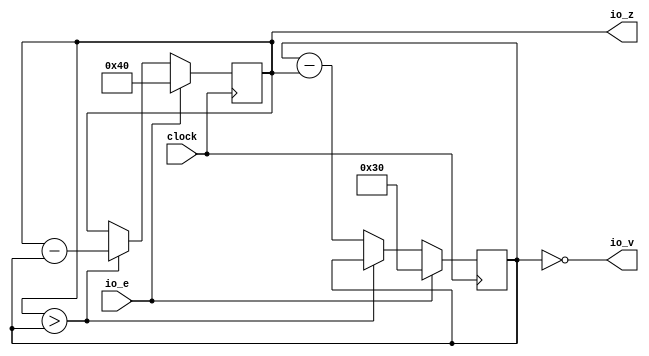
module GCD(
  input         clock,
  input         io_e,
  output [15:0] io_z,
  output        io_v
);
`ifdef RANDOMIZE_REG_INIT
  reg [31:0] _RAND_0;
  reg [31:0] _RAND_1;
`endif // RANDOMIZE_REG_INIT
  reg [15:0] x; // @[GCDUnitTest.scala 18:15]
  reg [15:0] y; // @[GCDUnitTest.scala 19:15]
  wire  _T_9 = x > y; // @[GCDUnitTest.scala 20:13]
  wire [15:0] _T_12 = x - y; // @[GCDUnitTest.scala 20:27]
  wire [15:0] _T_18 = y - x; // @[GCDUnitTest.scala 21:27]
  assign io_z = x; // @[GCDUnitTest.scala 23:8]
  assign io_v = y == 16'h0; // @[GCDUnitTest.scala 24:13]
  always @(posedge clock) begin
    if (io_e) begin // @[GCDUnitTest.scala 22:15]
      x <= 16'h40; // @[GCDUnitTest.scala 22:19]
    end else if (x > y) begin // @[GCDUnitTest.scala 20:18]
      x <= _T_12; // @[GCDUnitTest.scala 20:22]
    end
    if (io_e) begin // @[GCDUnitTest.scala 22:15]
      y <= 16'h30; // @[GCDUnitTest.scala 22:30]
    end else if (~_T_9) begin // @[Conditional.scala 19:15]
      y <= _T_18; // @[GCDUnitTest.scala 21:22]
    end
  end
// Register and memory initialization
`ifdef RANDOMIZE_GARBAGE_ASSIGN
`define RANDOMIZE
`endif
`ifdef RANDOMIZE_INVALID_ASSIGN
`define RANDOMIZE
`endif
`ifdef RANDOMIZE_REG_INIT
`define RANDOMIZE
`endif
`ifdef RANDOMIZE_MEM_INIT
`define RANDOMIZE
`endif
`ifndef RANDOM
`define RANDOM $random
`endif
`ifdef RANDOMIZE_MEM_INIT
  integer initvar;
`endif
`ifndef SYNTHESIS
`ifdef FIRRTL_BEFORE_INITIAL
`FIRRTL_BEFORE_INITIAL
`endif
initial begin
  `ifdef RANDOMIZE
    `ifdef INIT_RANDOM
      `INIT_RANDOM
    `endif
    `ifndef VERILATOR
      `ifdef RANDOMIZE_DELAY
        #`RANDOMIZE_DELAY begin end
      `else
        #0.002 begin end
      `endif
    `endif
`ifdef RANDOMIZE_REG_INIT
  _RAND_0 = {1{`RANDOM}};
  x = _RAND_0[15:0];
  _RAND_1 = {1{`RANDOM}};
  y = _RAND_1[15:0];
`endif // RANDOMIZE_REG_INIT
  `endif // RANDOMIZE
end // initial
`ifdef FIRRTL_AFTER_INITIAL
`FIRRTL_AFTER_INITIAL
`endif
`endif // SYNTHESIS
endmodule
module GCDUnitTester(
  input   clock,
  input   reset
);
`ifdef RANDOMIZE_REG_INIT
  reg [31:0] _RAND_0;
  reg [31:0] _RAND_1;
`endif // RANDOMIZE_REG_INIT
  wire  device_under_test_clock; // @[GCDUnitTest.scala 45:33]
  wire  device_under_test_io_e; // @[GCDUnitTest.scala 45:33]
  wire [15:0] device_under_test_io_z; // @[GCDUnitTest.scala 45:33]
  wire  device_under_test_io_v; // @[GCDUnitTest.scala 45:33]
  reg [2:0] value; // @[Counter.scala 17:33]
  reg  _T_6; // @[SteppedHWIOTester.scala 177:33]
  wire  _T_8 = ~_T_6; // @[SteppedHWIOTester.scala 179:10]
  wire  _GEN_13 = 3'h1 == value ? 1'h0 : 1'h1; // @[SteppedHWIOTester.scala 129:16 SteppedHWIOTester.scala 129:16]
  wire  _GEN_14 = 3'h2 == value ? 1'h0 : _GEN_13; // @[SteppedHWIOTester.scala 129:16 SteppedHWIOTester.scala 129:16]
  wire  _GEN_15 = 3'h3 == value ? 1'h0 : _GEN_14; // @[SteppedHWIOTester.scala 129:16 SteppedHWIOTester.scala 129:16]
  wire  _GEN_16 = 3'h4 == value ? 1'h0 : _GEN_15; // @[SteppedHWIOTester.scala 129:16 SteppedHWIOTester.scala 129:16]
  wire  _GEN_23 = 3'h5 == value; // @[SteppedHWIOTester.scala 144:51 SteppedHWIOTester.scala 144:51]
  wire [15:0] _GEN_29 = 3'h5 == value ? 16'h10 : 16'h0; // @[SteppedHWIOTester.scala 145:31 SteppedHWIOTester.scala 145:31]
  wire  _T_119 = ~(device_under_test_io_z == _GEN_29); // @[SteppedHWIOTester.scala 145:72]
  wire  _T_122 = ~reset; // @[SteppedHWIOTester.scala 151:15]
  wire  _T_185 = ~(device_under_test_io_v == _GEN_23); // @[SteppedHWIOTester.scala 145:72]
  wire  _T_196 = value == 3'h5; // @[Counter.scala 25:24]
  wire [2:0] _T_199 = value + 3'h1; // @[Counter.scala 26:22]
  wire  _GEN_43 = _T_196 | _T_6; // @[SteppedHWIOTester.scala 183:22 SteppedHWIOTester.scala 185:14 SteppedHWIOTester.scala 177:33]
  wire  _GEN_50 = _T_8 & _GEN_23 & _T_119; // @[SteppedHWIOTester.scala 151:15]
  wire  _GEN_58 = _T_8 & _GEN_23 & _T_185; // @[SteppedHWIOTester.scala 151:15]
  wire  _GEN_65 = _T_8 & _T_196; // @[SteppedHWIOTester.scala 184:15]
  GCD device_under_test ( // @[GCDUnitTest.scala 45:33]
    .clock(device_under_test_clock),
    .io_e(device_under_test_io_e),
    .io_z(device_under_test_io_z),
    .io_v(device_under_test_io_v)
  );
  assign device_under_test_clock = clock;
  assign device_under_test_io_e = 3'h5 == value ? 1'h0 : _GEN_16; // @[SteppedHWIOTester.scala 129:16 SteppedHWIOTester.scala 129:16]
  always @(posedge clock) begin
    if (reset) begin // @[Counter.scala 17:33]
      value <= 3'h0; // @[Counter.scala 17:33]
    end else if (~_T_6) begin // @[SteppedHWIOTester.scala 179:17]
      if (_T_196) begin // @[Counter.scala 28:21]
        value <= 3'h0; // @[Counter.scala 28:29]
      end else begin
        value <= _T_199; // @[Counter.scala 26:13]
      end
    end
    if (reset) begin // @[SteppedHWIOTester.scala 177:33]
      _T_6 <= 1'h0; // @[SteppedHWIOTester.scala 177:33]
    end else if (~_T_6) begin // @[SteppedHWIOTester.scala 179:17]
      _T_6 <= _GEN_43;
    end
    `ifndef SYNTHESIS
    `ifdef PRINTF_COND
      if (`PRINTF_COND) begin
    `endif
        if (_T_8 & _GEN_23 & _T_119 & ~reset) begin
          $fwrite(32'h80000002,"    failed on step %d -- port z:  %d expected %d\n",value,device_under_test_io_z,_GEN_29
            ); // @[SteppedHWIOTester.scala 151:15]
        end
    `ifdef PRINTF_COND
      end
    `endif
    `endif // SYNTHESIS
    `ifndef SYNTHESIS
    `ifdef PRINTF_COND
      if (`PRINTF_COND) begin
    `endif
        if (_GEN_50 & _T_122) begin
          $fwrite(32'h80000002,"Assertion failed\n    at SteppedHWIOTester.scala:158 assert(false.B)\n"); // @[SteppedHWIOTester.scala 158:15]
        end
    `ifdef PRINTF_COND
      end
    `endif
    `endif // SYNTHESIS
    `ifndef SYNTHESIS
    `ifdef STOP_COND
      if (`STOP_COND) begin
    `endif
        if (_GEN_50 & _T_122) begin
          $fatal; // @[SteppedHWIOTester.scala 158:15]
        end
    `ifdef STOP_COND
      end
    `endif
    `endif // SYNTHESIS
    `ifndef SYNTHESIS
    `ifdef STOP_COND
      if (`STOP_COND) begin
    `endif
        if (_GEN_50 & _T_122) begin
          $finish; // @[SteppedHWIOTester.scala 159:13]
        end
    `ifdef STOP_COND
      end
    `endif
    `endif // SYNTHESIS
    `ifndef SYNTHESIS
    `ifdef PRINTF_COND
      if (`PRINTF_COND) begin
    `endif
        if (_T_8 & _GEN_23 & _T_185 & ~reset) begin
          $fwrite(32'h80000002,"    failed on step %d -- port v:  %d expected %d\n",value,device_under_test_io_v,_GEN_23
            ); // @[SteppedHWIOTester.scala 151:15]
        end
    `ifdef PRINTF_COND
      end
    `endif
    `endif // SYNTHESIS
    `ifndef SYNTHESIS
    `ifdef PRINTF_COND
      if (`PRINTF_COND) begin
    `endif
        if (_GEN_58 & _T_122) begin
          $fwrite(32'h80000002,"Assertion failed\n    at SteppedHWIOTester.scala:158 assert(false.B)\n"); // @[SteppedHWIOTester.scala 158:15]
        end
    `ifdef PRINTF_COND
      end
    `endif
    `endif // SYNTHESIS
    `ifndef SYNTHESIS
    `ifdef STOP_COND
      if (`STOP_COND) begin
    `endif
        if (_GEN_58 & _T_122) begin
          $fatal; // @[SteppedHWIOTester.scala 158:15]
        end
    `ifdef STOP_COND
      end
    `endif
    `endif // SYNTHESIS
    `ifndef SYNTHESIS
    `ifdef STOP_COND
      if (`STOP_COND) begin
    `endif
        if (_GEN_58 & _T_122) begin
          $finish; // @[SteppedHWIOTester.scala 159:13]
        end
    `ifdef STOP_COND
      end
    `endif
    `endif // SYNTHESIS
    `ifndef SYNTHESIS
    `ifdef PRINTF_COND
      if (`PRINTF_COND) begin
    `endif
        if (_T_8 & _T_196 & _T_122) begin
          $fwrite(32'h80000002,"Stopping, end of tests, 6 steps\n"); // @[SteppedHWIOTester.scala 184:15]
        end
    `ifdef PRINTF_COND
      end
    `endif
    `endif // SYNTHESIS
    `ifndef SYNTHESIS
    `ifdef STOP_COND
      if (`STOP_COND) begin
    `endif
        if (_GEN_65 & _T_122) begin
          $finish; // @[SteppedHWIOTester.scala 186:13]
        end
    `ifdef STOP_COND
      end
    `endif
    `endif // SYNTHESIS
  end
// Register and memory initialization
`ifdef RANDOMIZE_GARBAGE_ASSIGN
`define RANDOMIZE
`endif
`ifdef RANDOMIZE_INVALID_ASSIGN
`define RANDOMIZE
`endif
`ifdef RANDOMIZE_REG_INIT
`define RANDOMIZE
`endif
`ifdef RANDOMIZE_MEM_INIT
`define RANDOMIZE
`endif
`ifndef RANDOM
`define RANDOM $random
`endif
`ifdef RANDOMIZE_MEM_INIT
  integer initvar;
`endif
`ifndef SYNTHESIS
`ifdef FIRRTL_BEFORE_INITIAL
`FIRRTL_BEFORE_INITIAL
`endif
initial begin
  `ifdef RANDOMIZE
    `ifdef INIT_RANDOM
      `INIT_RANDOM
    `endif
    `ifndef VERILATOR
      `ifdef RANDOMIZE_DELAY
        #`RANDOMIZE_DELAY begin end
      `else
        #0.002 begin end
      `endif
    `endif
`ifdef RANDOMIZE_REG_INIT
  _RAND_0 = {1{`RANDOM}};
  value = _RAND_0[2:0];
  _RAND_1 = {1{`RANDOM}};
  _T_6 = _RAND_1[0:0];
`endif // RANDOMIZE_REG_INIT
  `endif // RANDOMIZE
end // initial
`ifdef FIRRTL_AFTER_INITIAL
`FIRRTL_AFTER_INITIAL
`endif
`endif // SYNTHESIS
endmodule